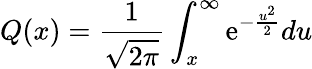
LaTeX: Q(x)=\frac{1}{\sqrt{2\pi}}\int_{x}^{\infty}\textrm{e}^{-\frac{u^{2}}{2}}du